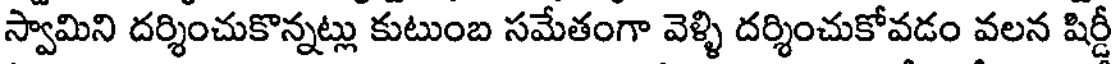
స్వామిని దర్శించుకొన్నట్లు కుటుంబ సమేతంగా వెళ్ళి దర్శించుకోవడం వలన షిర్డీ